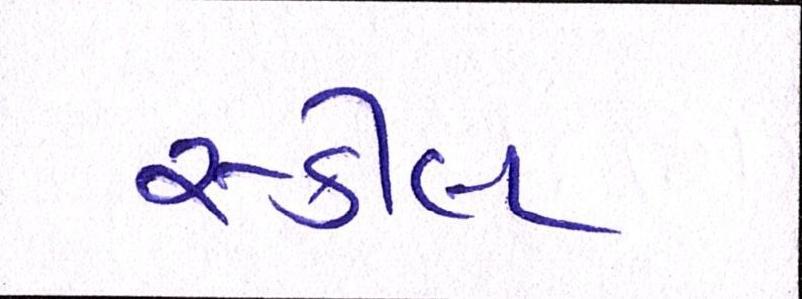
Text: સ્કીલ